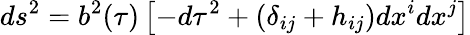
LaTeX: ds^{2}=b^{2}(\tau)\left[-d\tau^{2}+(\delta_{ij}+h_{ij})dx^{i}dx^{j}\right]